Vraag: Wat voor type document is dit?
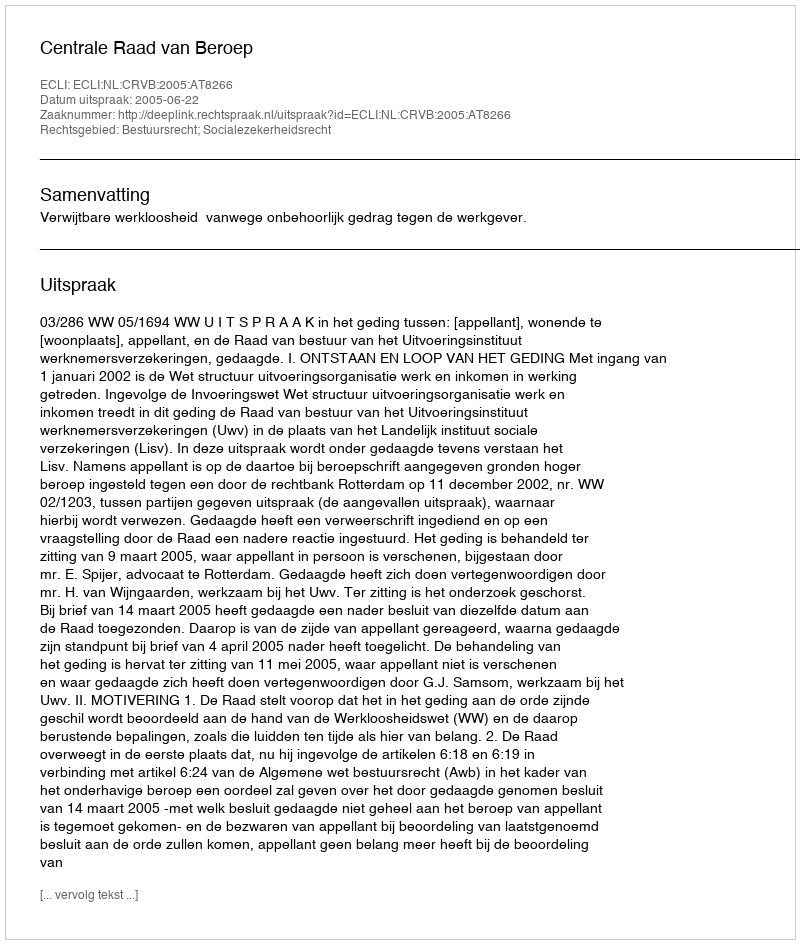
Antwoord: Uitspraak